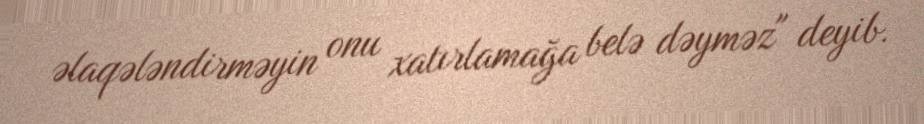
əlaqələndirməyin onu xatırlamağa belə dəyməz" deyib.